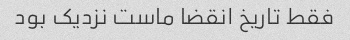
فقط تاریخ انقضا ماست نزدیک بود